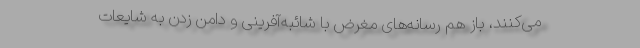
می‌کنند، باز هم رسانه‌های مغرض با شائبه‌آفرینی و دامن زدن به شایعات